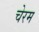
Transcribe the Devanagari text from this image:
चेरम